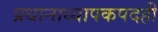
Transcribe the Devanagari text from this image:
प्रधानाध्यापकपदही